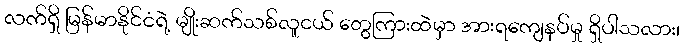
လက်ရှိ မြန်မာနိုင်ငံရဲ့ မျိုးဆက်သစ်လူငယ် တွေကြားထဲမှာ အားရကျေနပ်မှု ရှိပါသလား၊